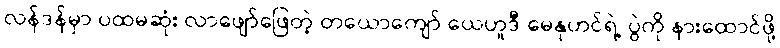
လန်ဒန်မှာ ပထမဆုံး လာဖျော်ဖြေတဲ့ တယောကျော် ယေဟူဒီ မေနုဟင်ရဲ့ ပွဲကို နားထောင်ဖို့